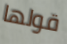
قولها